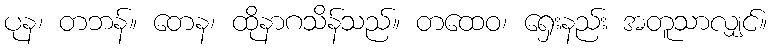
ပုန၊ တဘန်။ တေန၊ ထိုနာဂသိန်သည်။ တထေဝ၊ ရှေးနည်း အတူသာလျှင်။